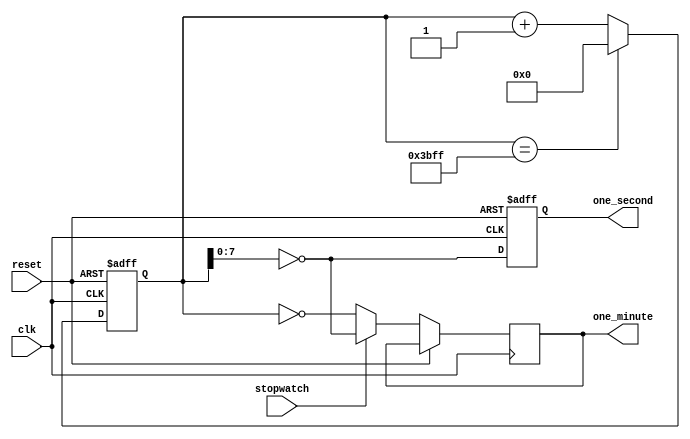
module timegen (clk, reset, stopwatch, one_second, one_minute);

input clk, reset, stopwatch;

output one_second, one_minute;

// assuming that our clock as 256 cycles in a second
parameter LIMIT = ((256*60)-1);
//parameter LIMIT = 100;

reg one_second, one_minute;

// counter width must be 14
// LIMIT = 15360 (256*60)-1.. 14'b array
reg [13:0]one_minute_count;


// minute count logic
// asynchonous reset
always @(posedge clk or posedge reset)
begin
	if(reset)
		one_minute_count <= 0;
	else
		one_minute_count <= (one_minute_count == LIMIT) ? 0: one_minute_count+1;
end

// second logic
// asynchonous reset
always @(posedge clk or posedge reset)
begin
	if (reset)
	begin
		one_second <= 0;
	end
	else
	begin
		one_second <= (one_minute_count[7:0] == 0);
		one_minute <= stopwatch ? (one_minute_count[7:0] == 0) : (one_minute_count == 0);
	end
end
endmodule